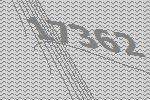
17362